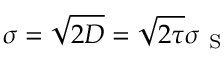
\sigma = \sqrt { 2 D } = \sqrt { 2 \tau } \sigma _ { \mathrm { ~ S ~ } }